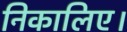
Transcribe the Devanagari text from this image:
निकालिए।